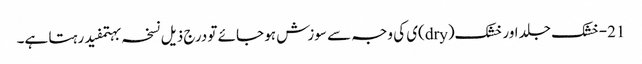
21-خشک جلد اور خشک(dry)ی کی وجہ سے سوزش ہو جائے تو درج ذیل نسخہ بہتمفید رہتا ہے۔